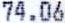
74.06